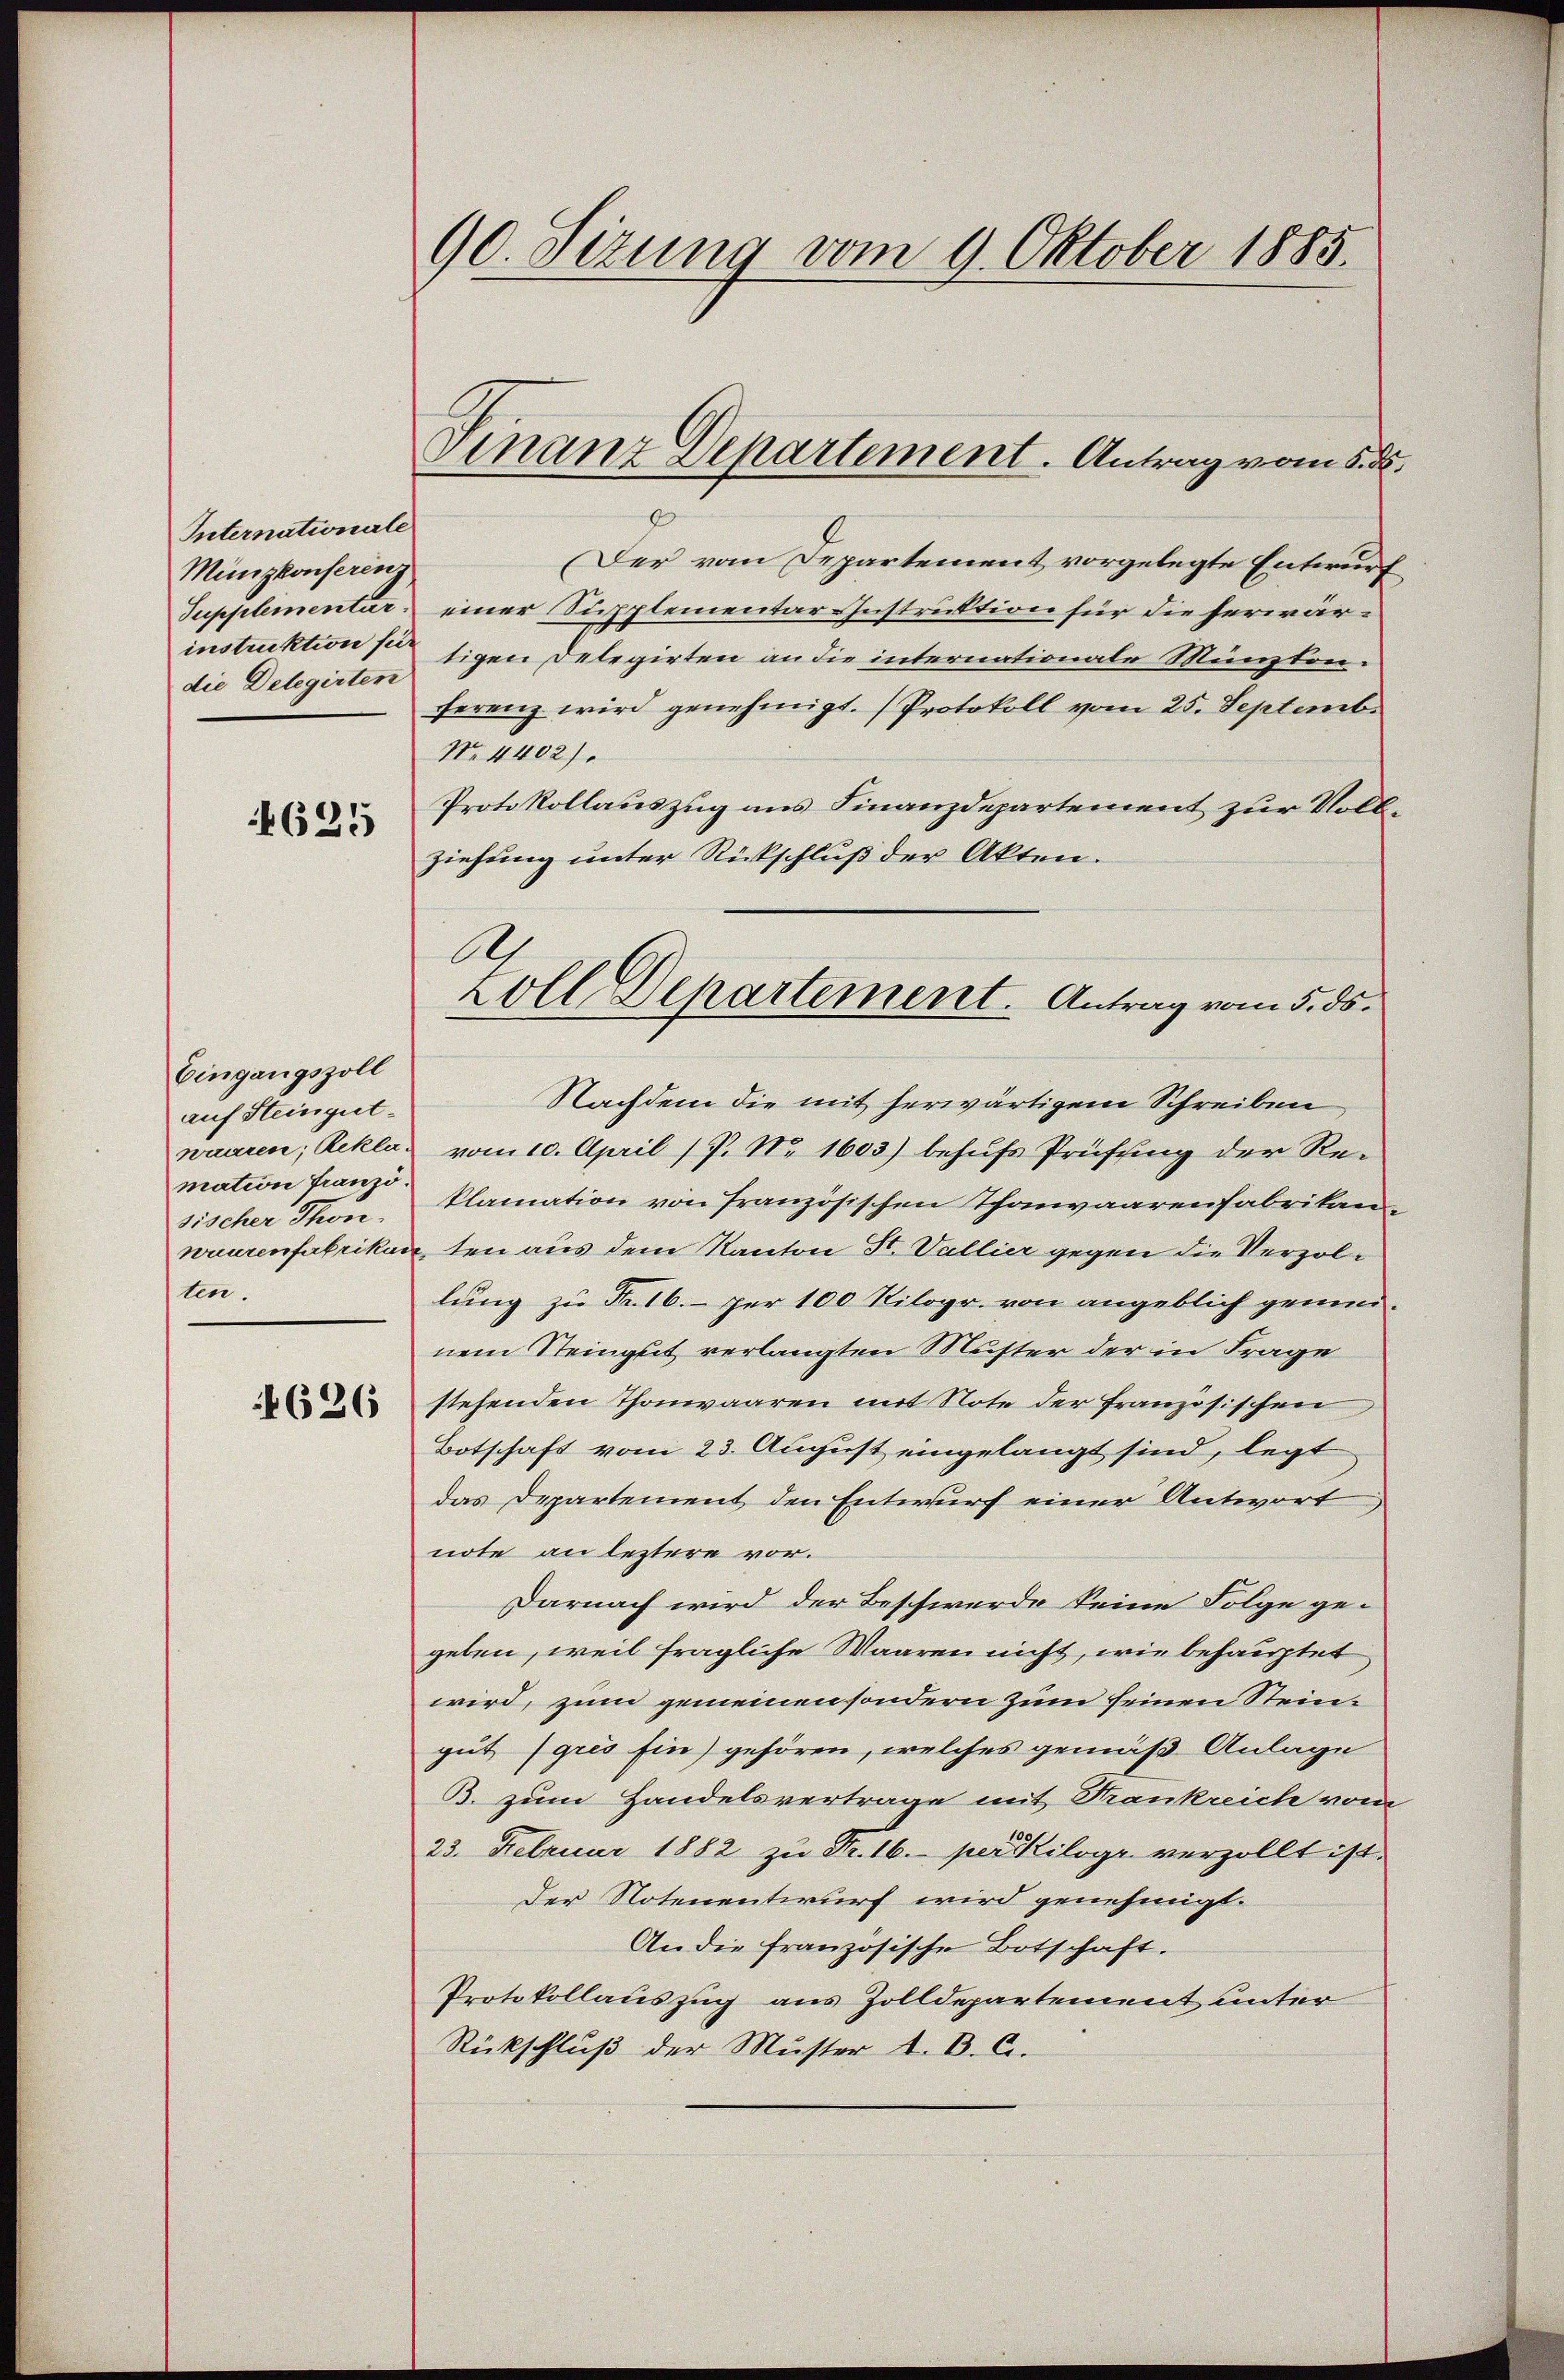
Internationale
Münzkonferen
Supplementar
instruktion für
die Delegirten

4625

Eingangszoll
auf Steingutwaaren, Rekla-
mation französischer Thon-
ten.

626

90. Sizung vom 9. Oktober 1885.

Finanz Departement. Antrag vom 5. d.

(Der vom Departement vorgelegte Entwurf
einer Supplementar Instruktion für die herwärtigen Delegirten an die internationale Münzton.
ferenz wird genehmigt. Protokoll vom 25. Septembr
No. 4402).
Protokollauszug aus Finanzdepartement zur Vollziehung unter Rückschluß der Akten.
Nachdem die mit herwärtigem Schreiben
vom 10. April 17. No. 1603) behufs Prüfung der Reklamation von Französischen Thonwaarenfabrikanwuurenfabrikan, ten aus dem Kanton St. Vallier gegen die Verzollung zu Fr. 16. per 100 Kilogr. von angeblich genünem Steingut verlangten Muster der in Frage
stehenden Thonwaaren mit Note der französischen
Botschaft vom 23. August eingelangt sind, legt
das Departement den Entwurf einer Antwort
note an leztere vor.
Darnach wird der Beschwerde keine Folge gegeben, weil fragliche Waaren nicht, wie behauptet
wird, zum gemeinen sondern zum seinen Steingut (grés Ein) gehören, welches gemäß Anlage
B. zum Handelsvertrage mit Krankreich vom
23. Februar 1882 zu Fr. 16. per Kilogr. verzollt ist.
Der Notenentwurf wird genehmigt.
An die französische Botschaft.
Protokollauszug aus Zolldepartement unter
Rückschluß der Muster A. B. C.

A.
Zoll Departement. Antrag vom 5. ds.